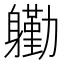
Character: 𮜺